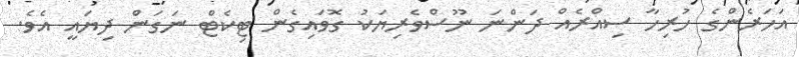
އަހަރެންގެ ހުރިހާ ސިއްރެއް ދަންނަ ނޫސްވެރިޔަކު ގޮވައިގެން ޓިކެޓް ނަގަން ދިޔައީ އެވެ.